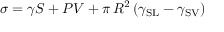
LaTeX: \sigma = \gamma S + P V + \pi \, R ^ { 2 } \left( \gamma _ { \mathrm { S L } } - \gamma _ { \mathrm { S V } } \right)